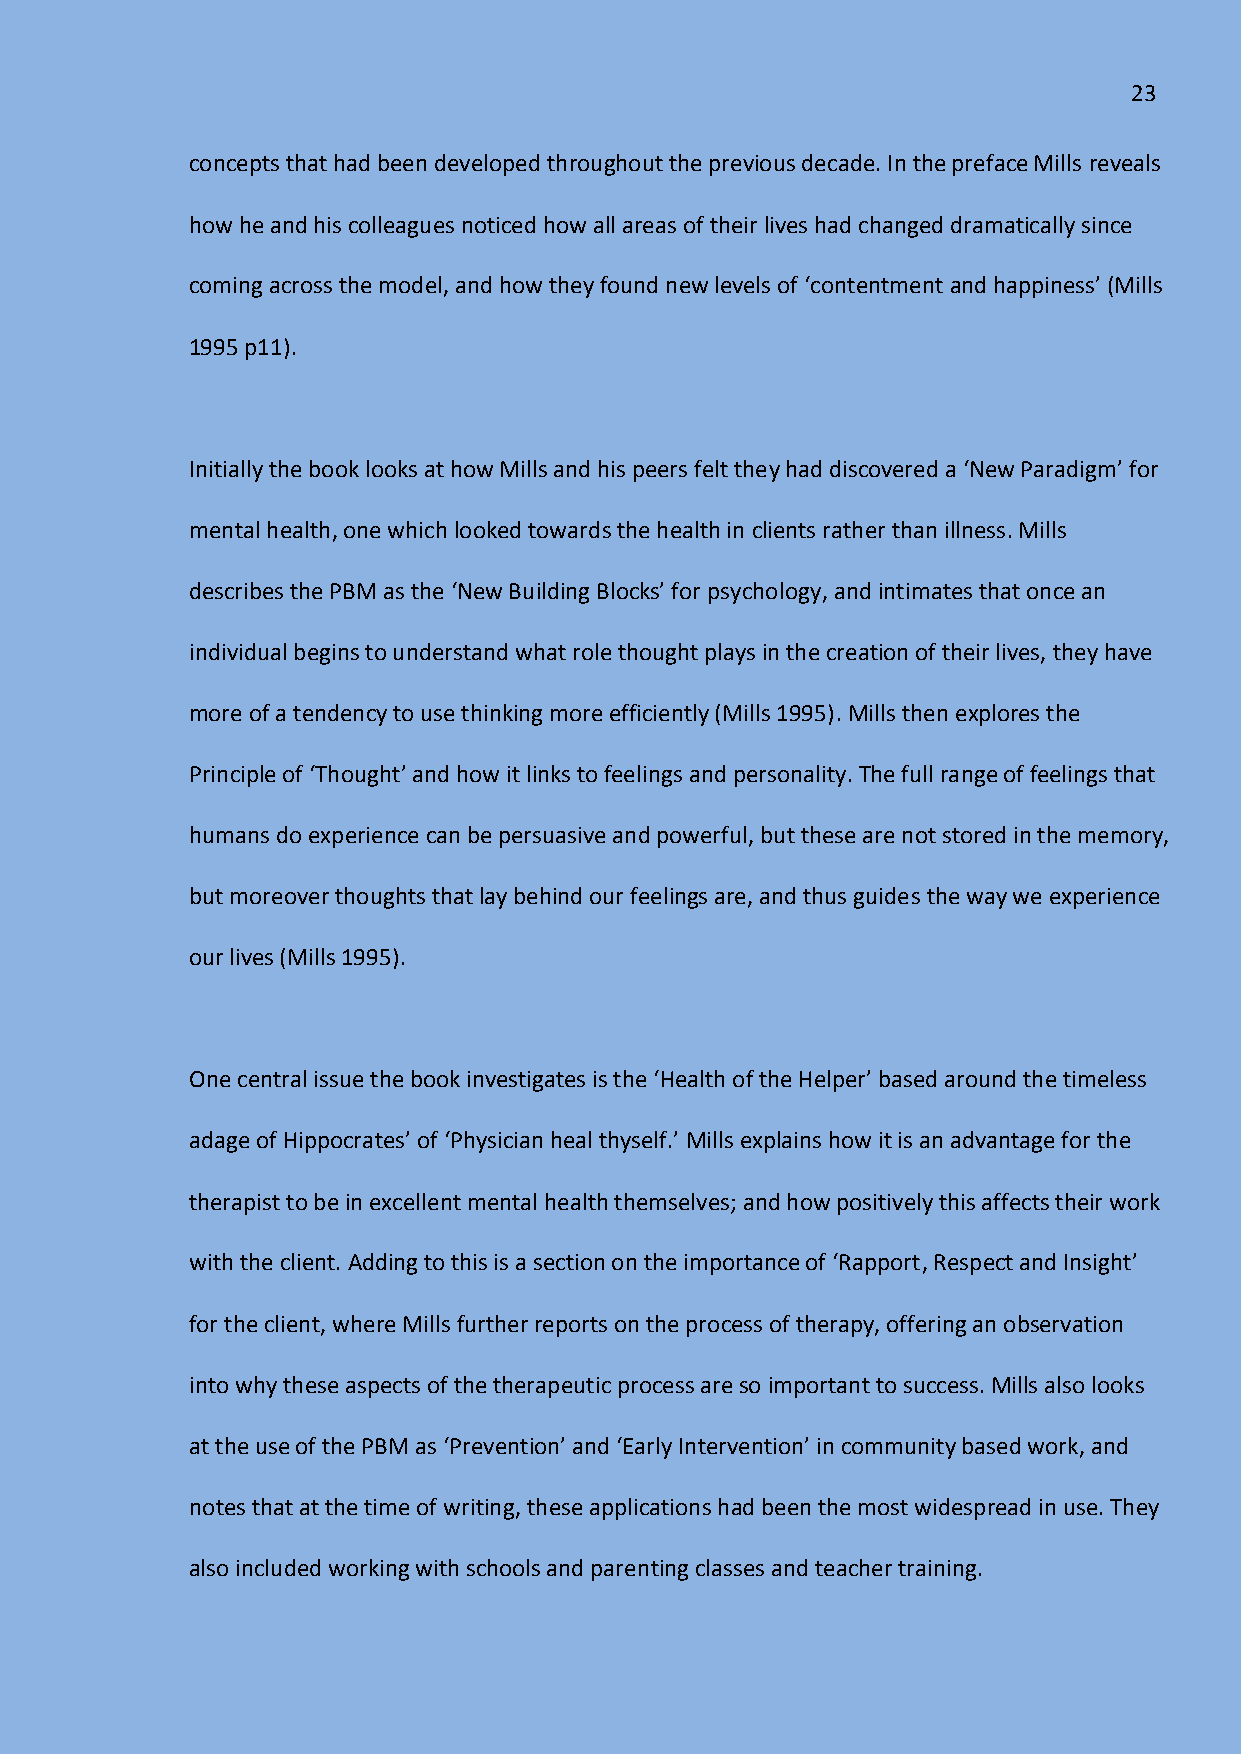
23
 concepts that had been developed throughout the previous decade. In the preface Mills reveals
 how he and his colleagues noticed how all areas of their lives had changed dramatically since
 coming across the model, and how they found new levels of ‘contentment and happiness’ (Mills
 1995 p11).
 Initially the book looks at how Mills and his peers felt they had discovered a ‘New Paradigm’ for
 mental health, one which looked towards the health in clients rather than illness. Mills
 describes the PBM as the ‘New Building Blocks’ for psychology, and intimates that once an
 individual begins to understand what role thought plays in the creation of their lives, they have
 more of a tendency to use thinking more efficiently (Mills 1995). Mills then explores the
 Principle of ‘Thought’ and how it links to feelings and personality. The full range of feelings that
 humans do experience can be persuasive and powerful, but these are not stored in the memory,
 but moreover thoughts that lay behind our feelings are, and thus guides the way we experience
 our lives (Mills 1995).
 One central issue the book investigates is the ‘Health of the Helper’ based around the timeless
 adage of Hippocrates’ of ‘Physician heal thyself.’ Mills explains how it is an advantage for the
 therapist to be in excellent mental health themselves; and how positively this affects their work
 with the client. Adding to this is a section on the importance of ‘Rapport, Respect and Insight’
 for the client, where Mills further reports on the process of therapy, offering an observation
 into why these aspects of the therapeutic process are so important to success. Mills also looks
 at the use of the PBM as ‘Prevention’ and ‘Early Intervention’ in community based work, and
 notes that at the time of writing, these applications had been the most widespread in use. They
 also included working with schools and parenting classes and teacher training.